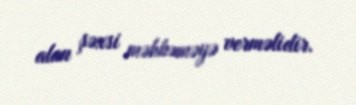
alan şəxsi məhkəməyə verməlidir.